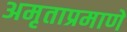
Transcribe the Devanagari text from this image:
अमृताप्रमाणे